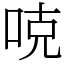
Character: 𠳭